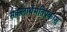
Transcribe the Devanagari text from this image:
सकलार्थमतिप्रकाशु